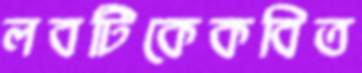
লবটিকেকবিত